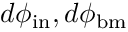
d \phi _ { \mathrm { i n } } , d \phi _ { \mathrm { b m } }